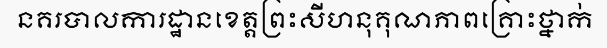
នគរបាលការដ្ឋានខេត្តព្រះសីហនុគុណភាពគ្រោះថ្នាក់